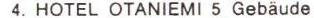
4., HOTEL OTANIEMI 5 Gebäude